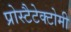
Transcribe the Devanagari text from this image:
प्रोस्टैटेक्टोमी